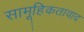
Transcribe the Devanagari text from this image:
सामूहिकतावाद